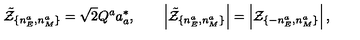
\tilde { \cal Z } _ { \{ n _ { E } ^ { a } , n _ { M } ^ { a } \} } = \sqrt { 2 } Q ^ { a } a _ { a } ^ { * } , \qquad \left| \tilde { \cal Z } _ { \{ n _ { E } ^ { a } , n _ { M } ^ { a } \} } \right| = \left| { \cal Z } _ { \{ - n _ { E } ^ { a } , n _ { M } ^ { a } \} } \right| ,